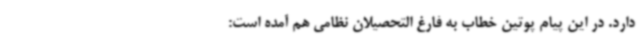
دارد. در این پیام پوتین خطاب به فارغ التحصیلان نظامی هم آمده است: